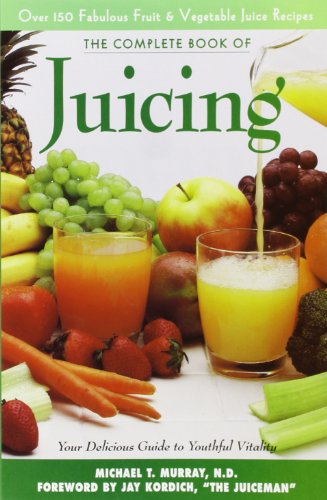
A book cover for Complete Book of Juicing:  Your Delicious Guide to Youthful Vitality; Michael T. Murray N.D.; Cookbooks, Food & Wine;